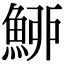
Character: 䱖